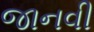
જાનવી